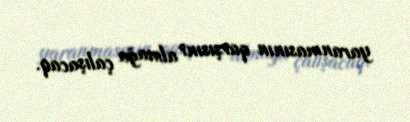
yaranmasının qarşısını almağa çalışacaq.